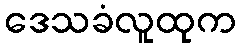
ဒေသခံလူထုက